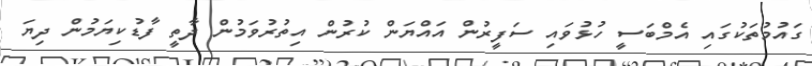
ގައުމުތަކުގައި އެމްބަސީ ހުޅުވައި ސަފީރުން އައްޔަން ކުރުން އިތުރުވަމުން ދާތީ ފާޑުކިޔަމުން ދިޔަ